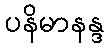
ပနိမာနန္ဒ